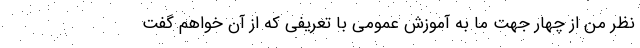
نظر من از چهار جهت ما به آموزش عمومی با تعریفی که از آن خواهم گفت